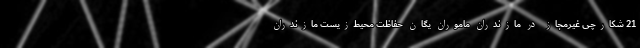
21 شکارچی غیرمجاز در مازندران ماموران یگان حفاظت محیط‌زیست مازندران